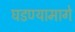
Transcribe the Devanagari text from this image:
घडण्यामागे